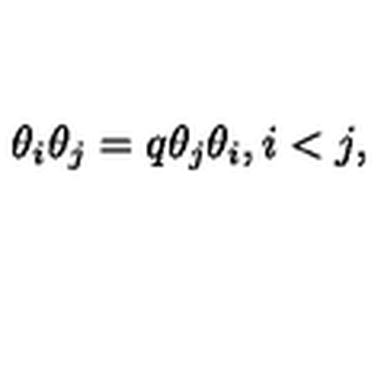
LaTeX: \theta _ { i } \theta _ { j } = q \theta _ { j } \theta _ { i } , i < j ,